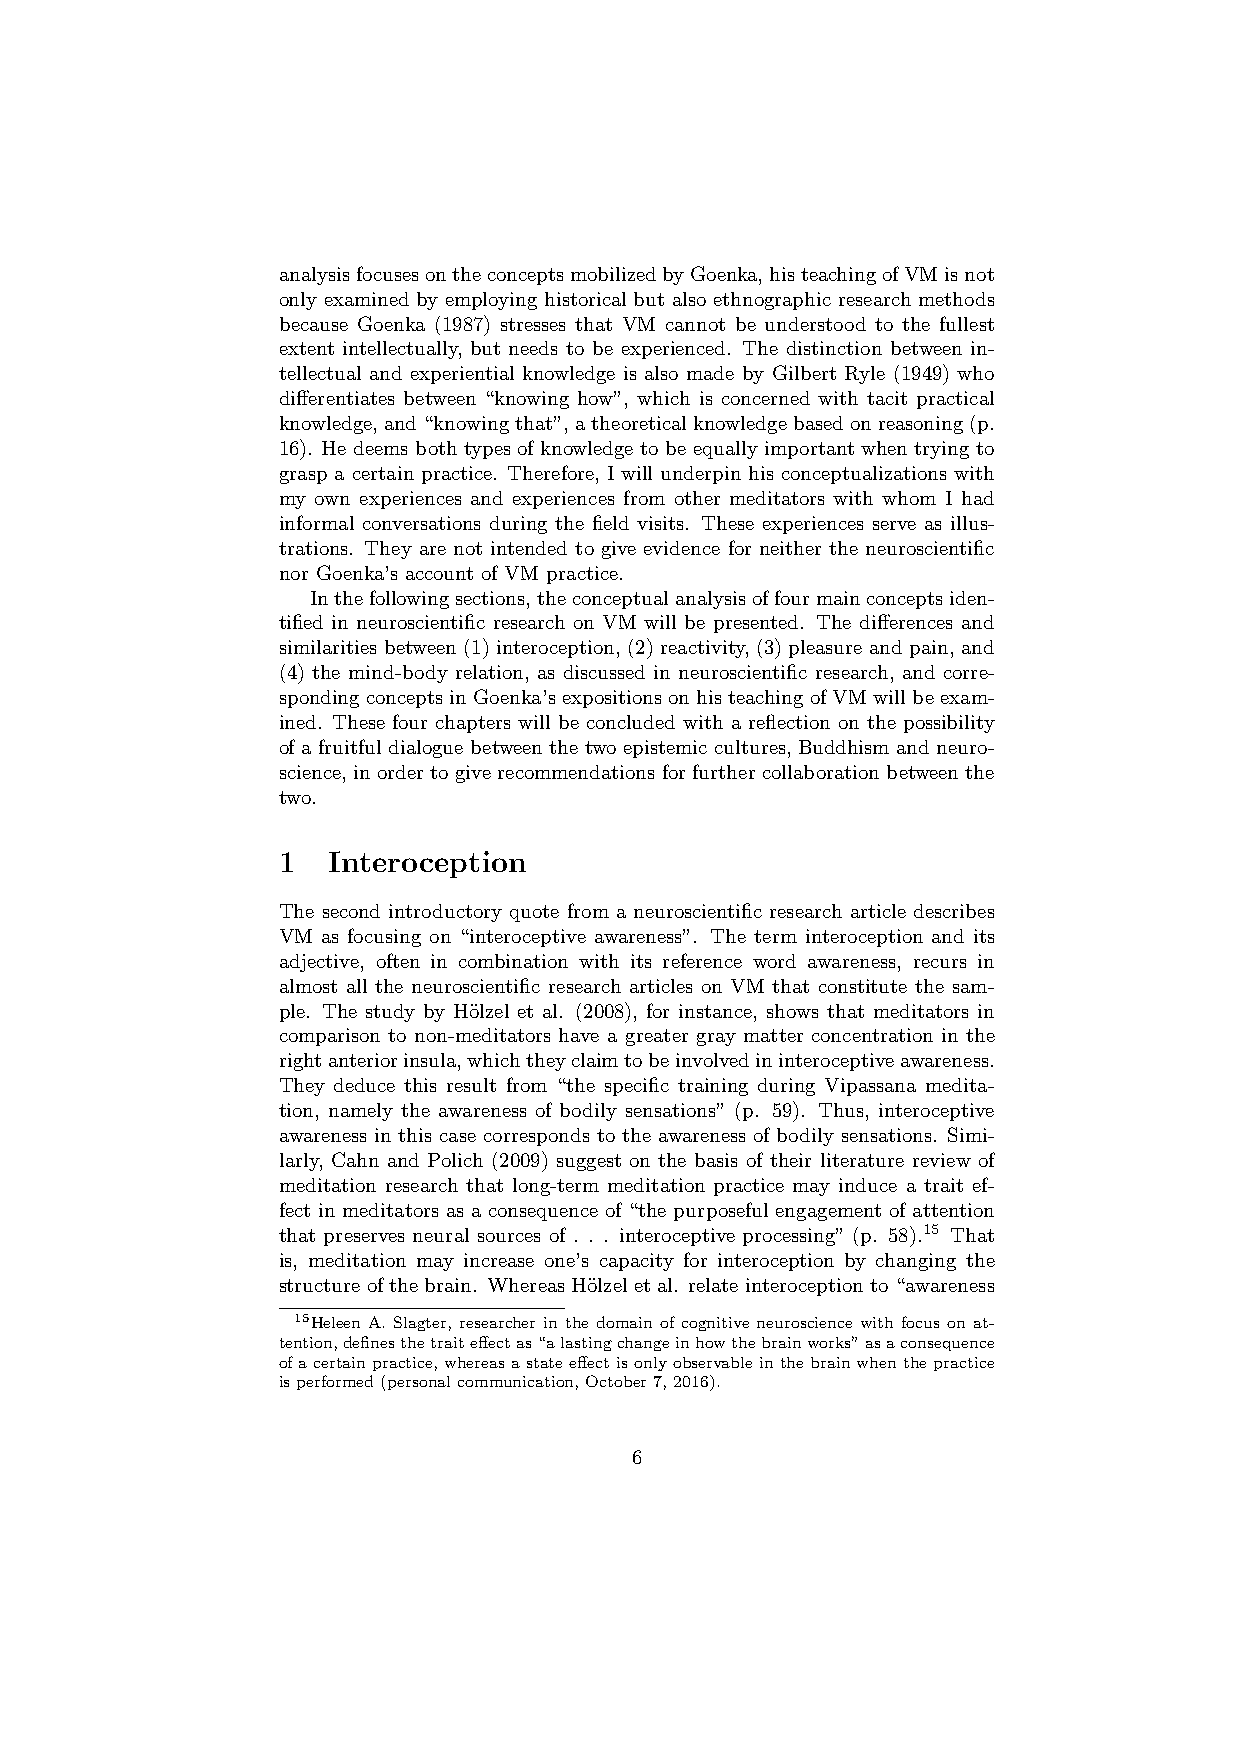
analysisfocusesontheconceptsmobilizedbyGoenka,histeachingofVMisnot
 only examined by employing historical but also ethnographic research methods
 because Goenka (1987) stresses that VM cannot be understood to the fullest
 extent intellectually, but needs to be experienced. The distinction between in-
 tellectual and experiential knowledge is also made by Gilbert Ryle (1949) who
 differentiates between “knowing how”, which is concerned with tacit practical
 knowledge,and“knowingthat”,atheoreticalknowledgebasedonreasoning(p.
 16). He deems both types of knowledge to be equally important when trying to
 grasp a certain practice. Therefore, I will underpin his conceptualizations with
 my own experiences and experiences from other meditators with whom I had
 informal conversations during the field visits. These experiences serve as illus-
 trations. They are not intended to give evidence for neither the neuroscientific
 nor Goenka’s account of VM practice.
 Inthefollowingsections,theconceptualanalysisoffourmainconceptsiden-
 tified in neuroscientific research on VM will be presented. The differences and
 similarities between (1) interoception, (2) reactivity, (3) pleasure and pain, and
 (4) the mind-body relation, as discussed in neuroscientific research, and corre-
 spondingconceptsinGoenka’sexpositionsonhisteachingofVMwillbeexam-
 ined. These four chapters will be concluded with a reflection on the possibility
 of a fruitful dialogue between the two epistemic cultures, Buddhism and neuro-
 science, in order to give recommendations for furthercollaboration between the
 two.
 1   Interoception
 The second introductory quote from a neuroscientific research article describes
 VM as focusing on “interoceptive awareness”. The term interoception and its
 adjective, often in combination with its reference word awareness, recurs in
 almost all the neuroscientific research articles on VM that constitute the sam-
 ple. The study by H¨olzel et al. (2008), for instance, shows that meditators in
 comparison to non-meditators have a greater gray matter concentration in the
 rightanteriorinsula,whichtheyclaimtobeinvolvedininteroceptiveawareness.
 They deduce this result from “the specific training during Vipassana medita-
 tion, namely the awareness of bodily sensations” (p. 59). Thus, interoceptive
 awareness in this case corresponds to the awareness of bodily sensations. Simi-
 larly, Cahn and Polich (2009) suggest on the basis of their literature review of
 meditation research that long-term meditation practice may induce a trait ef-
 fect in meditators as a consequence of “the purposeful engagement of attention
 that preserves neural sources of . . . interoceptive processing” (p. 58).15 That
 is, meditation may increase one’s capacity for interoception by changing the
 structure of the brain. Whereas H¨olzel et al. relate interoception to “awareness
 15Heleen A. Slagter, researcher in the domain of cognitive neuroscience with focus on at-
 tention,definesthetraiteffectas“alastingchangeinhowthebrainworks”asaconsequence
 ofacertainpractice,whereasastateeffectisonlyobservableinthebrainwhenthepractice
 isperformed(personalcommunication,October7,2016).
 6